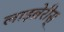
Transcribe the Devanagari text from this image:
लाइब्रेरीस्